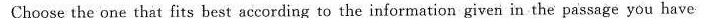
Choose the one that fits best according to the information given in the passage you have